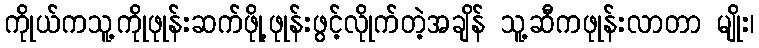
ကိုုယ်ကသူ့ကိုုဖုုန်းဆက်ဖိုု့ဖုုန်းဖွင့်လိုုက်တဲ့အချိန် သူ့ဆီကဖုုန်းလာတာ မျိုး၊